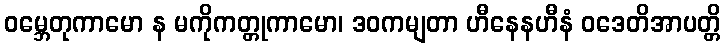
ဝမ္ဘေတုကာမော န မကိုကတ္တုကာမော၊ ဒဝကမျတာ ဟီနေနဟီနံ ဝဒေတိအာပတ္တိ